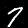
Digit: 7